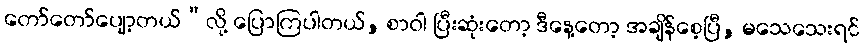
တော်တော်ပျော့တယ်”လို့ ပြောကြပါတယ်, စာဝါ ပြီးဆုံးတော့ ဒီနေ့တော့ အချိန်စေ့ပြီ, မသေသေးရင်